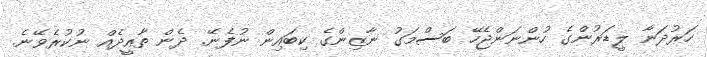
ހަރުދަނާ ލީޑަރުންގެ ހުންނަންޖެހޭ ބަސްމަގު ނާޒިންގެ ކިބައިން ނުފެނޭ. ދެން ތާއީދެއް ނުކުރެވޭނެ.